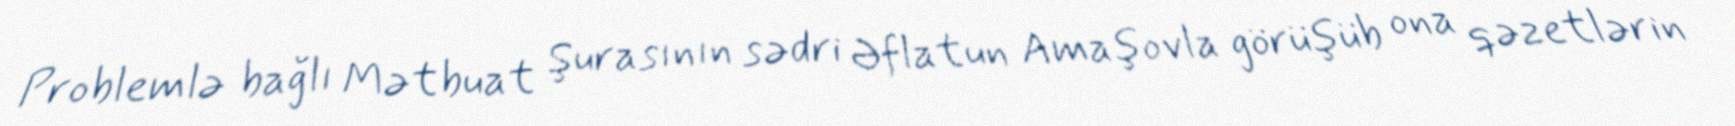
Problemlə bağlı Mətbuat Şurasının sədri Əflatun Amaşovla görüşüb ona qəzetlərin